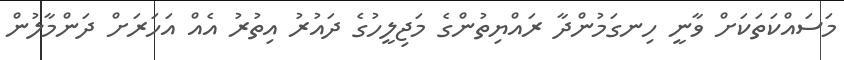
މަސައްކަތަކަށް ވާނީ ހިނގަމުންދާ ރައްޔިތުންގެ މަޖިލީހުގެ ދައުރު އިތުރު އެއް އަހަރަށް ދަންމާލުން